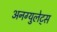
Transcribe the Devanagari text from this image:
अनग्युलेट्स